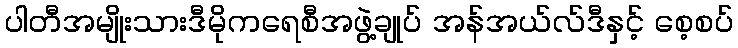
ပါတီအမျိုးသားဒီမိုကရေစီအဖွဲ့ချုပ် အန်အယ်လ်ဒီနှင့် စေ့စပ်